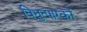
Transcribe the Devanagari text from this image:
विद्युत्पारकों